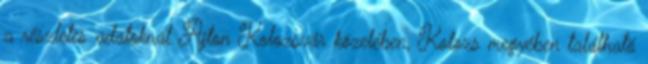
a részletes adatoknál Ajton Kolozsvár közelében, Kolozs megyében található